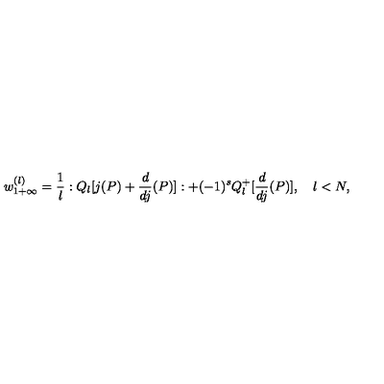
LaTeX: w _ { 1 + \infty } ^ { ( l ) } = \frac { 1 } { l } : Q _ { l } [ j ( P ) + \frac { d } { d j } ( P ) ] : + ( - 1 ) ^ { s } Q _ { l } ^ { + } [ \frac { d } { d j } ( P ) ] , \quad l < N ,